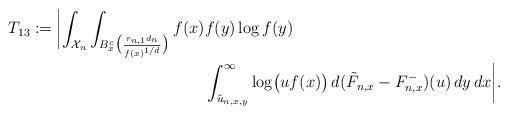
LaTeX: \begin{align*}T_{13} := \biggl|\int_{\mathcal{X}_n} \int_{B_x^c\bigl(\frac{r_{n,1}d_n}{f(x)^{1/d}}\bigr)} f(x) &f(y) \log f(y) \\& \int_{\tilde{u}_{n,x,y}}^\infty \log \bigl(uf(x)\bigr) \, d(\tilde{F}_{n,x} - F_{n,x}^-)(u) \, dy \, dx\biggr|.\end{align*}